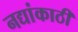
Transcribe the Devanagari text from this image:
नद्यांकाठी